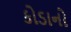
કોડાનો